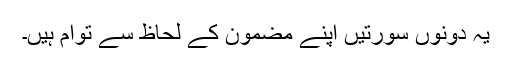
یہ دونوں سورتیں اپنے مضمون کے لحاظ سے توام ہیں۔